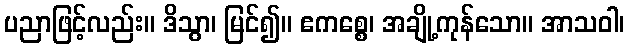
ပညာဖြင့်လည်း။ ဒိသွာ၊ မြင်၍။ ဧကစ္စေ၊ အချို့ကုန်သော။ အာသဝါ၊